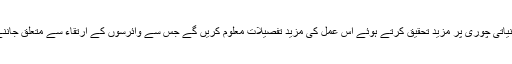
اگلے مرحلے میں ماہرین اس جینیاتی چوری پر مزید تحقیق کرتے ہوئے اس عمل کی مزید تفصیلات معلوم کریں گے جس سے وائرسوں کے ارتقاء سے متعلق جاننے میں بھی خاصی مدد ملے گی۔